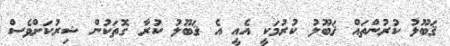
ޤަބޫލު ކުރުންތައް ޤަބޫލު ކުރުމަކީ އެއީ އެ ޤަބޫލު ކުރާ ގޮތަކުން ޝިރުކަށްވެސް